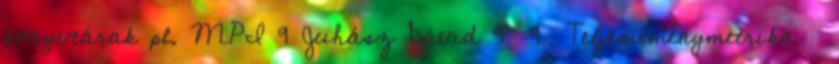
könyvtárak pl. MPI 9 Juhász Dávid 9 9 Teljesítménymetrika ●